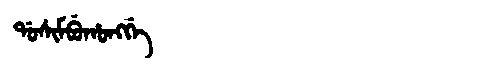
Manchu: ᡩᠣᠰᡳᠮᠪᡠᡥᠣᠩᡤᡝ
Romanization: DOSIMBUHONGGE